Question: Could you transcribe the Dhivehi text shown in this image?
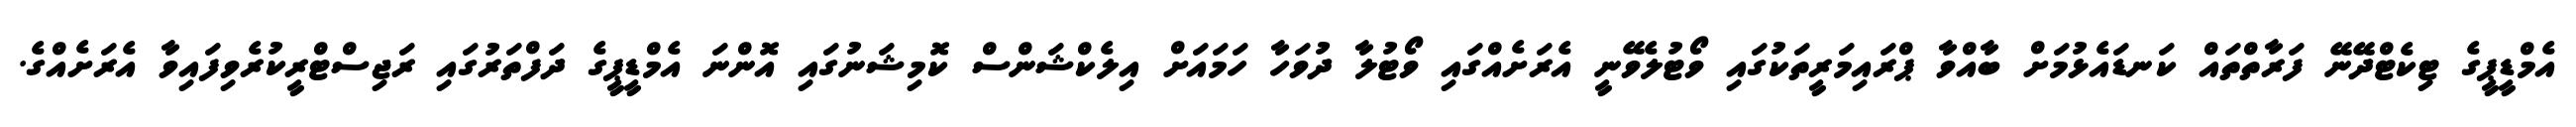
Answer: އެމްޑީޕީގެ ޓިކެޓްދޭނޭ ފަރާތްތައް ކަނޑައެޅުމަށް ބާއްވާ ޕްރައިމަރީތަކުގައި ވޯޓުލެވޭނީ އެރަށެއްގައި ވޯޓުލާ ދުވަހާ ހަމައަށް އިލެކްޝަންސް ކޮމިޝަނުގައި އޮންނަ އެމްޑީޕީގެ ދަފްތަރުގައި ރަޖިސްޓްރީކުރެވިފައިވާ އެރަށެއްގެ.